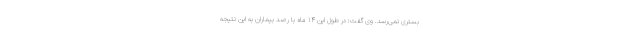
بستری نمی‌رسد. وی گفت: در طول این ۱۴ ماه با رصد بیماران به این نتیجه